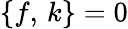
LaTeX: \{ f,\, k\} =0